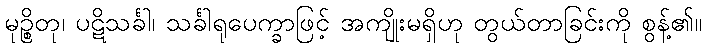
မုဉ္စိတု၊ ပဋိသင်္ခါ၊ သင်္ခါရုပေက္ခာဖြင့် အကျိုးမရှိဟု တွယ်တာခြင်းကို စွန့်၏။